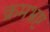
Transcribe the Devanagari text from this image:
क्रमभ्रष्ट